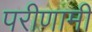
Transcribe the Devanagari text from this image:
परीणामी